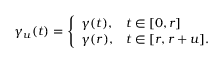
\gamma _ { u } ( t ) = { \left\{ \begin{array} { l l } { \gamma ( t ) , } & { t \in [ 0 , r ] } \\ { \gamma ( r ) , } & { t \in [ r , r + u ] . } \end{array} \right. }